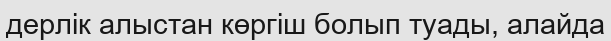
дерлік алыстан көргіш болып туады, алайда